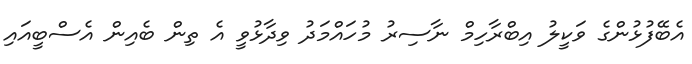
އެބޭފުޅުންގެ ވަކީލު އިބްރާހިމް ނާސިރު މުހައްމަދު ވިދާޅުވީ އެ ތިން ބެއިން އެސްބީއައި